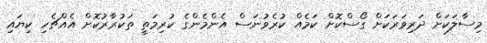
މިސާލަކަށް ދަރިވަރަކަށް ގޯސްކޮށް ކަމެއް ކުރެވުނަސް އެންމެންގެ ކުރިމަތީ ތަކުރާރުކޮށް އެއްޗެހި ކިޔައި